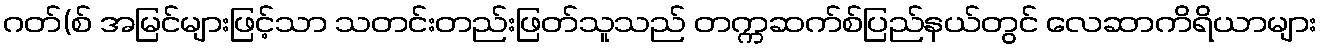
ဂတ်(စ် အမြင်များဖြင့်သာ သတင်းတည်းဖြတ်သူသည် တက္ကဆက်စ်ပြည်နယ်တွင် လေဆာကိရိယာများ